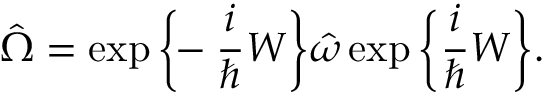
\hat { \Omega } = \exp \bigg \{ \! \! - \frac { i } { \hbar } { \cal W } \bigg \} \hat { \omega } \exp \bigg \{ \frac { i } { \hbar } { \cal W } \bigg \} .